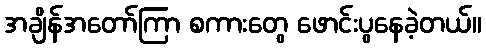
အချိန်အတော်ကြာ စကားတွေ ဖောင်းပွနေခဲ့တယ်။